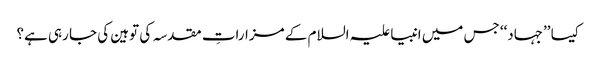
کیسا ’’جہاد‘‘ جس میں انبیا علیہ السلام کے مزاراتِ مقدسہ کی توہین کی جا رہی ہے؟